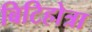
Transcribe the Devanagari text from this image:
बिटिहोत्रा